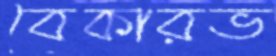
বেকারভ